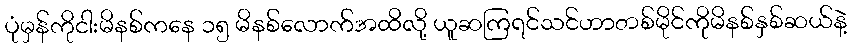
ပုံမှန်ကိုငါးမိနစ်ကနေ ၁၅ မိနစ်လောက်အထိလို့ ယူဆကြရင်သင်ဟာတစ်မိုင်ကိုမိနစ်နှစ်ဆယ်နဲ့